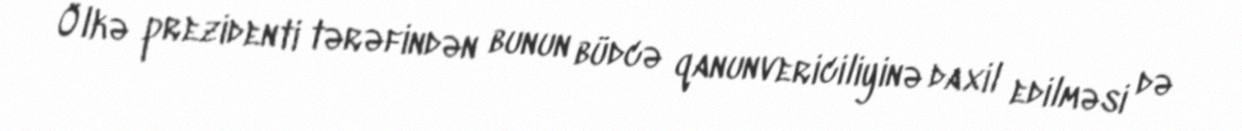
Ölkə prezidenti tərəfindən bunun büdcə qanunvericiliyinə daxil edilməsi də